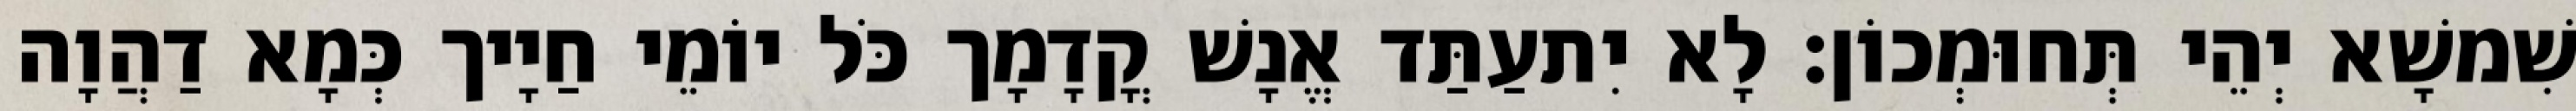
שִׁמשָׁא יְהֵי תְּחוּמְכוֹן׃ לָא יִתעַתַּד אֱנָשׁ קֳדָמָך כֹּל יוֹמֵי חַיָיך כְּמָא דַהֲוָה